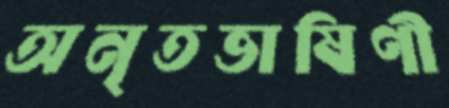
অনৃতভাষিণী